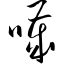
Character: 哕